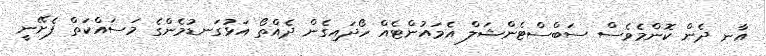
އާނ ދެން ކޮންމެވެސް ސަބްސްޓެންޝަލް އެމައުންޓެއް ހޯދައިގެން ދެއްތޯ އަޅުގަނޑުމެންގެ މަސައްކަތް ފެށޭނީ